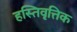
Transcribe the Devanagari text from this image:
हस्तिवृत्तिक